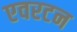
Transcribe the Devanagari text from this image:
एवरटन